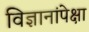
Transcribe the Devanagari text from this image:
विज्ञानांपेक्षा